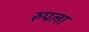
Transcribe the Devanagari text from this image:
रुपला